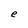
Character: e